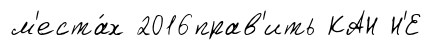
м'еста́х 2016прав'ить КАН Н'Е